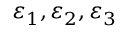
\varepsilon _ { 1 } , \varepsilon _ { 2 } , \varepsilon _ { 3 }